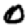
Digit: 0